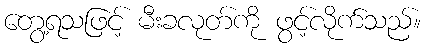
တွေ့ရသဖြင့် မီးခလုတ်ကို ဖွင့်လိုက်သည်။